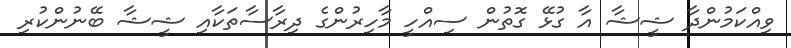
ވިއްކަމުންދާ ޝީޝާ އާ ގުޅޭ ގޮތުން ސިއްހީ މާހިރުންގެ ދިރާސާތަކާއި ޝީޝާ ބޭނުންކުރި